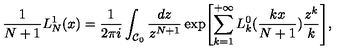
\frac { 1 } { N + 1 } { L _ { N } ^ { 1 } } ( x ) = \frac { 1 } { 2 \pi i } \int _ { { \cal C } _ { 0 } } \frac { d z } { z ^ { N + 1 } } \exp \Biggl [ \sum _ { k = 1 } ^ { + \infty } L _ { k } ^ { 0 } ( \frac { k x } { N + 1 } ) \frac { z ^ { k } } { k } \Biggr ] ,